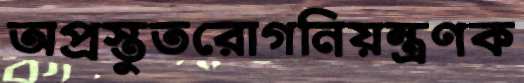
অপ্রস্তুতরোগনিয়ন্ত্রণক